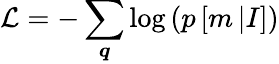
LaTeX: \mathcal{L}=-\sum_{\boldsymbol{q}}\log\left(p\left[m\left|I\right.\right]\right)